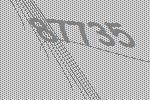
87735